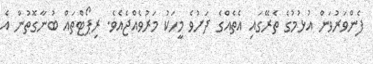
ފެންވަރުވަން އުޅުމުގެ ތެރޭގައި އެތެއްގެ ދަށުވެ މީހަކު މަރުވެއްޖެއެވެ. ރިޕޯޓްތައް ބުނާގޮތުން އެ